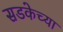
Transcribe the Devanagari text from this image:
सडकेच्या